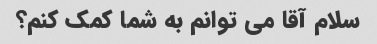
سلام آقا می توانم به شما کمک کنم؟